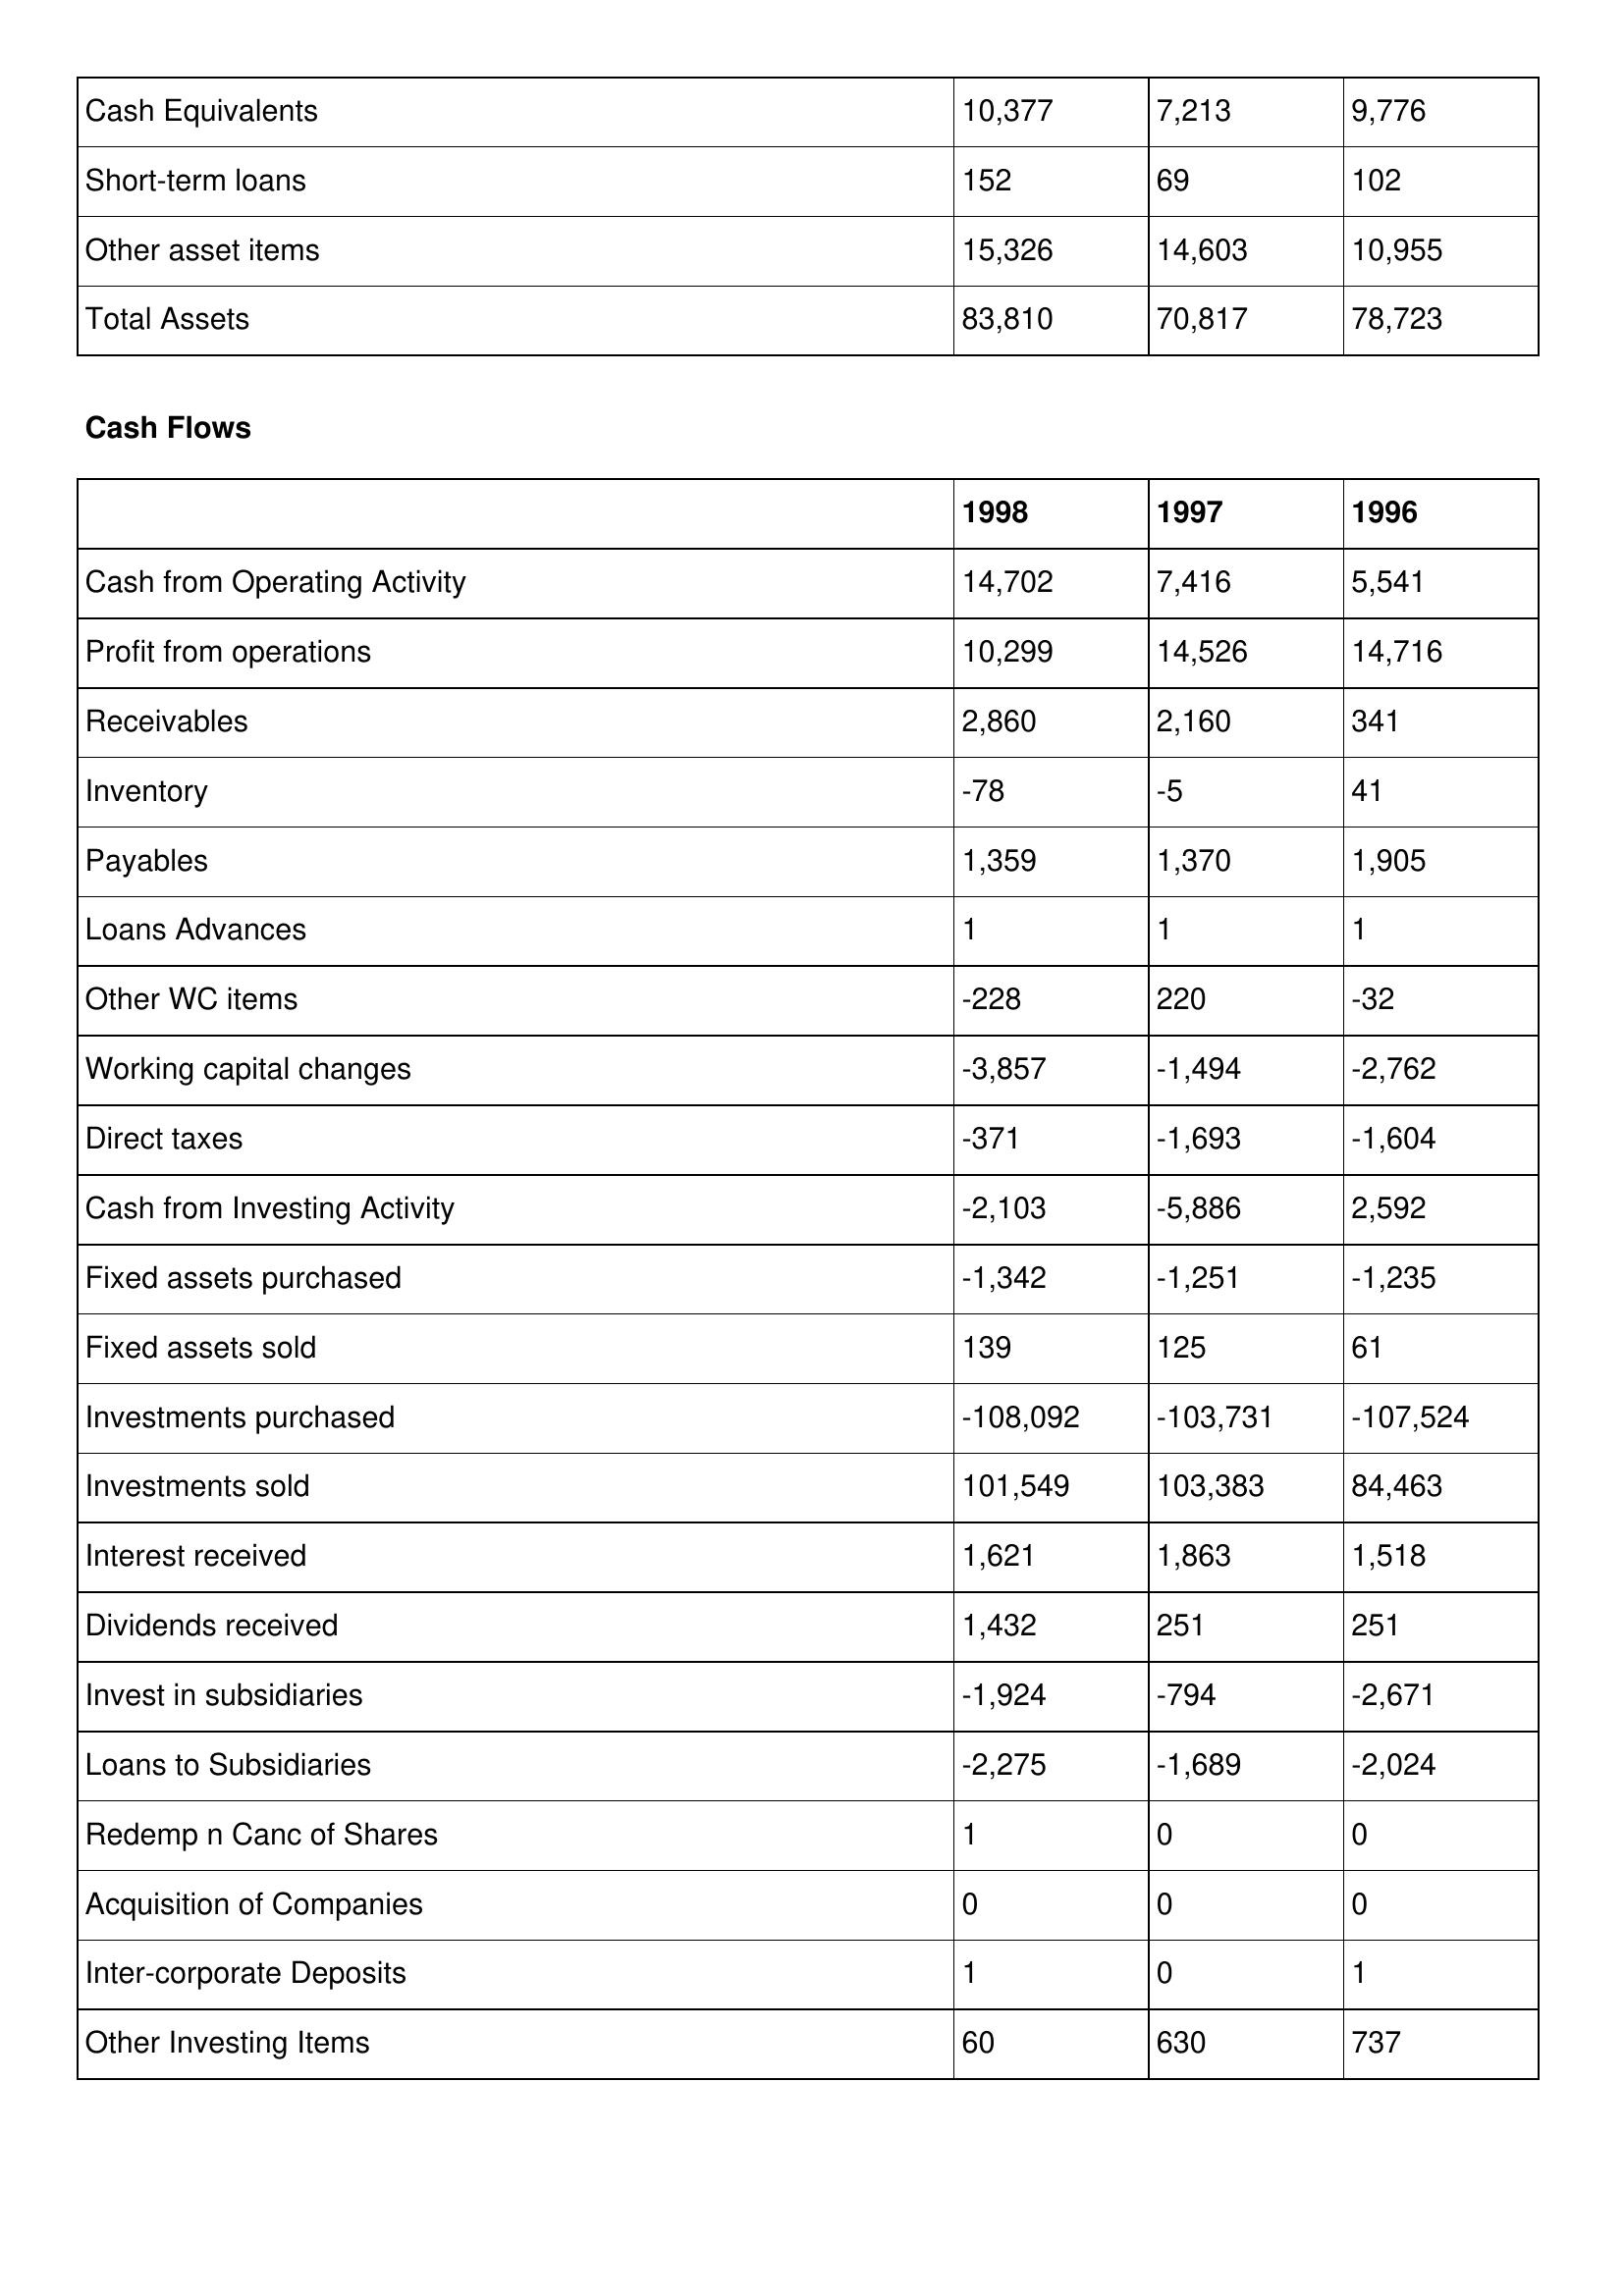
gt_parse: 1998: Balance Sheet: Cash Equivalents: 10,377
Short-term loans: 152
Other asset items: 15,326
Total Assets: 83,810
Cash Flows: Cash from Operating Activity: 14,702
Profit from operations: 10,299
Receivables: 2,860
Inventory: -78
Payables: 1,359
Loans Advances: 1
Other WC items: -228
Working capital changes: -3,857
Direct taxes: -371
Cash from Investing Activity: -2,103
Fixed assets purchased: -1,342
Fixed assets sold: 139
Investments purchased: -108,092
Investments sold: 101,549
Interest received: 1,621
Dividends received: 1,432
Invest in subsidiaries: -1,924
Loans to Subsidiaries: -2,275
Redemp n Canc of Shares: 1
Acquisition of Companies: 0
Inter-corporate Deposits: 1
Other Investing Items: 60
1997: Balance Sheet: Cash Equivalents: 7,213
Short-term loans: 69
Other asset items: 14,603
Total Assets: 70,817
Cash Flows: Cash from Operating Activity: 7,416
Profit from operations: 14,526
Receivables: 2,160
Inventory: -5
Payables: 1,370
Loans Advances: 1
Other WC items: 220
Working capital changes: -1,494
Direct taxes: -1,693
Cash from Investing Activity: -5,886
Fixed assets purchased: -1,251
Fixed assets sold: 125
Investments purchased: -103,731
Investments sold: 103,383
Interest received: 1,863
Dividends received: 251
Invest in subsidiaries: -794
Loans to Subsidiaries: -1,689
Redemp n Canc of Shares: 0
Acquisition of Companies: 0
Inter-corporate Deposits: 0
Other Investing Items: 630
1996: Balance Sheet: Cash Equivalents: 9,776
Short-term loans: 102
Other asset items: 10,955
Total Assets: 78,723
Cash Flows: Cash from Operating Activity: 5,541
Profit from operations: 14,716
Receivables: 341
Inventory: 41
Payables: 1,905
Loans Advances: 1
Other WC items: -32
Working capital changes: -2,762
Direct taxes: -1,604
Cash from Investing Activity: 2,592
Fixed assets purchased: -1,235
Fixed assets sold: 61
Investments purchased: -107,524
Investments sold: 84,463
Interest received: 1,518
Dividends received: 251
Invest in subsidiaries: -2,671
Loans to Subsidiaries: -2,024
Redemp n Canc of Shares: 0
Acquisition of Companies: 0
Inter-corporate Deposits: 1
Other Investing Items: 737